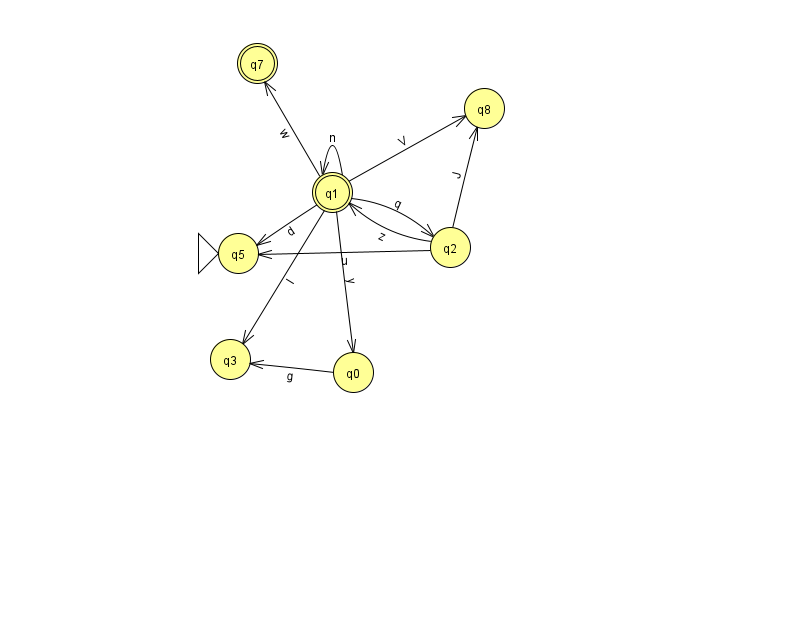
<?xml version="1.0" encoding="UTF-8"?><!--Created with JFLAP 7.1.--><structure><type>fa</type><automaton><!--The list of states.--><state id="0" name="q0"><x>353.0</x><y>359.0</y></state><state id="1" name="q1"><x>332.0</x><y>179.0</y><final/></state><state id="2" name="q2"><x>450.0</x><y>234.0</y></state><state id="3" name="q3"><x>230.0</x><y>346.0</y></state><state id="5" name="q5"><x>238.0</x><y>240.0</y><initial/></state><state id="7" name="q7"><x>257.0</x><y>50.0</y><final/></state><state id="8" name="q8"><x>484.0</x><y>95.0</y></state><!--The list of transitions.--><transition><from>1</from><to>0</to><read>y</read></transition><transition><from>2</from><to>1</to><read>z</read></transition><transition><from>2</from><to>5</to><read>u</read></transition><transition><from>1</from><to>7</to><read>w</read></transition><transition><from>1</from><to>5</to><read>d</read></transition><transition><from>1</from><to>3</to><read>I</read></transition><transition><from>1</from><to>8</to><read>V</read></transition><transition><from>0</from><to>3</to><read>g</read></transition><transition><from>1</from><to>1</to><read>n</read></transition><transition><from>1</from><to>2</to><read>q</read></transition><transition><from>2</from><to>8</to><read>J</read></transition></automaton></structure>